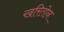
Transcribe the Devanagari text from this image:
खरितोन